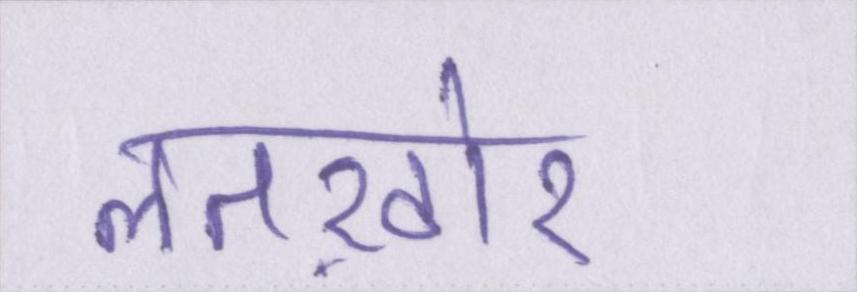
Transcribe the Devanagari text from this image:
लतख़ोर